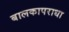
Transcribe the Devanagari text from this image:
बालकापराधा